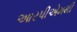
આરપીએમથી